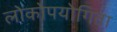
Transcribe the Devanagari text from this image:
लोकोपयोगिता